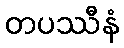
တပဿီနံ